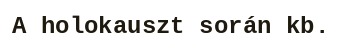
A holokauszt során kb.